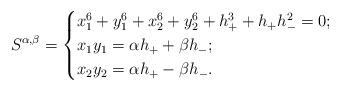
LaTeX: \begin{align*}S^{\alpha,\beta}=\begin{cases}x_1^6+y_1^6+x_2^6+y_2^6+h_+^3+h_+h_-^2=0;\\x_1y_1=\alpha h_++\beta h_-;\\x_2y_2=\alpha h_+-\beta h_-.\end{cases}\end{align*}